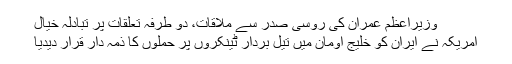
وزیراعظم عمران کی روسی صدر سے ملاقات، دو طرفہ تعلقات پر تبادلہ خیال
امریکہ نے ایران کو خلیج اومان میں تیل بردار ٹینکروں پر حملوں کا ذمہ دار قرار دیدیا